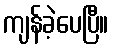
ကျန်ခဲ့ပေပြီ။